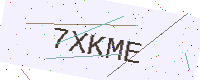
Text: 7XKME